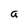
Character: a